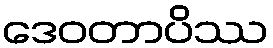
ဒေဝတာပိဿ